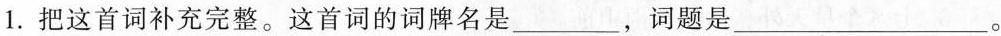
1.把这首词补充完整。这首词的词牌名是___，词题是___。